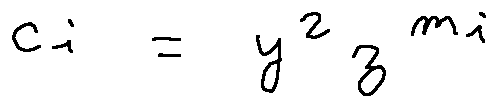
c _ { i } = y ^ { 2 } z ^ { m _ { i } }